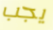
يجب